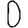
Digit: 0